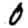
Digit: 0